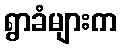
ရွာခံများက